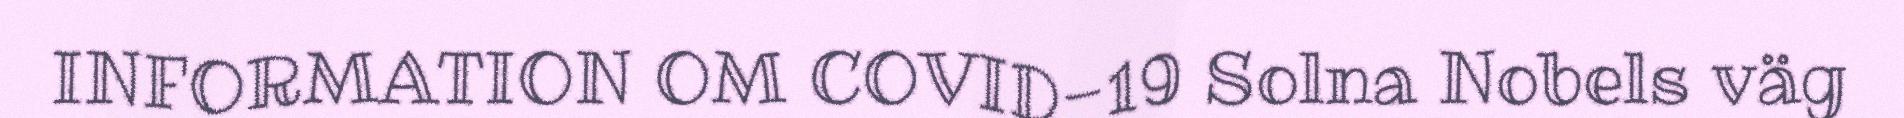
INFORMATION OM COVID-19 Solna Nobels väg